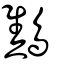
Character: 鷦